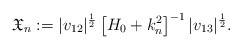
\begin{align*}\mathfrak{X}_n := |v_{12}|^{\frac 12} \left[H_0 + k_n^2 \right]^{-1} |v_{13}|^{\frac 12} . \end{align*}